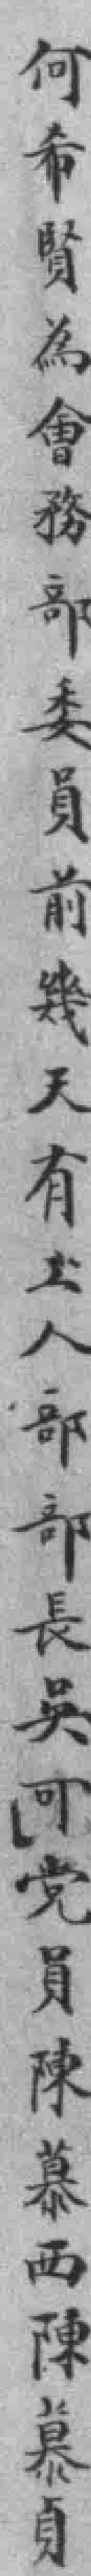
何希賢為會務部委員前幾天有工人部部長吳可党員陳慕西陳慕貞